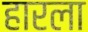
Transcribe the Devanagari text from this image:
हारला